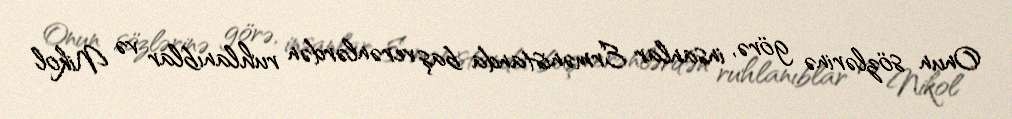
Onun sözlərinə görə, insanlar Ermənistanda baş verənlərdən ruhlanıblar və Nikol